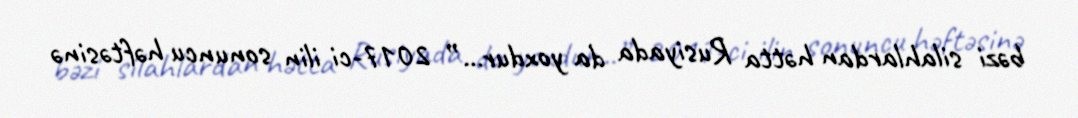
bəzi silahlardan hətta Rusiyada da yoxdur...” 2017-ci ilin sonuncu həftəsinə